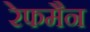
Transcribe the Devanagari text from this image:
रेफमैन